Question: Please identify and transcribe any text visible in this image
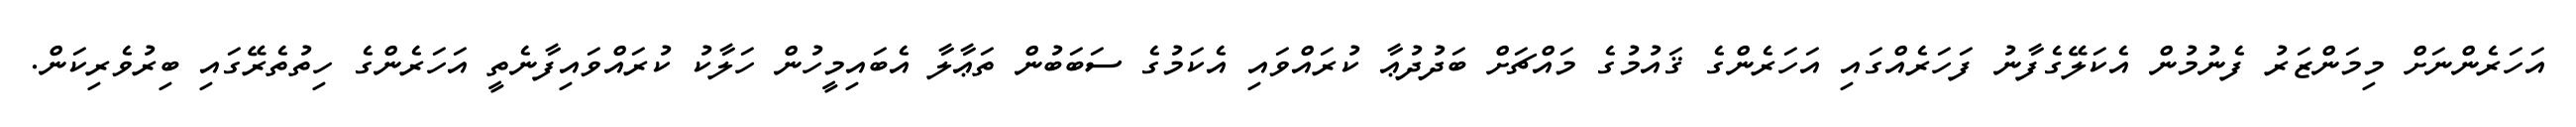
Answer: އަހަރެންނަށް މިމަންޒަރު ފެނުމުން އެކަލޭގެފާނު ފަހަރެއްގައި އަހަރެންގެ ޤައުމުގެ މައްޗަށް ބަދުދުޢާ ކުރައްވައި އެކަމުގެ ސަބަބުން ތަޢާލާ އެބައިމީހުން ހަލާކު ކުރައްވައިފާނެތީ އަހަރެންގެ ހިތުތެރޭގައި ބިރުވެރިކަން.